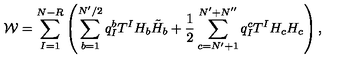
{ \cal W } = \sum _ { I = 1 } ^ { N - R } \left( \sum _ { b = 1 } ^ { N ^ { \prime } / 2 } q _ { I } ^ { b } T ^ { I } H _ { b } \tilde { H } _ { b } + \frac { 1 } { 2 } \sum _ { c = N ^ { \prime } + 1 } ^ { N ^ { \prime } + N ^ { \prime \prime } } q _ { I } ^ { c } T ^ { I } H _ { c } H _ { c } \right) ,